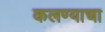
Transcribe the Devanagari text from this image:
कलण्याचा